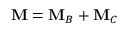
\mathbf { M } = \mathbf { M } _ { B } + \mathbf { M } _ { C }